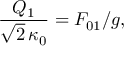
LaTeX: \frac { Q _ { 1 } } { \sqrt { 2 } \, \kappa _ { 0 } } = F _ { 0 1 } / g ,